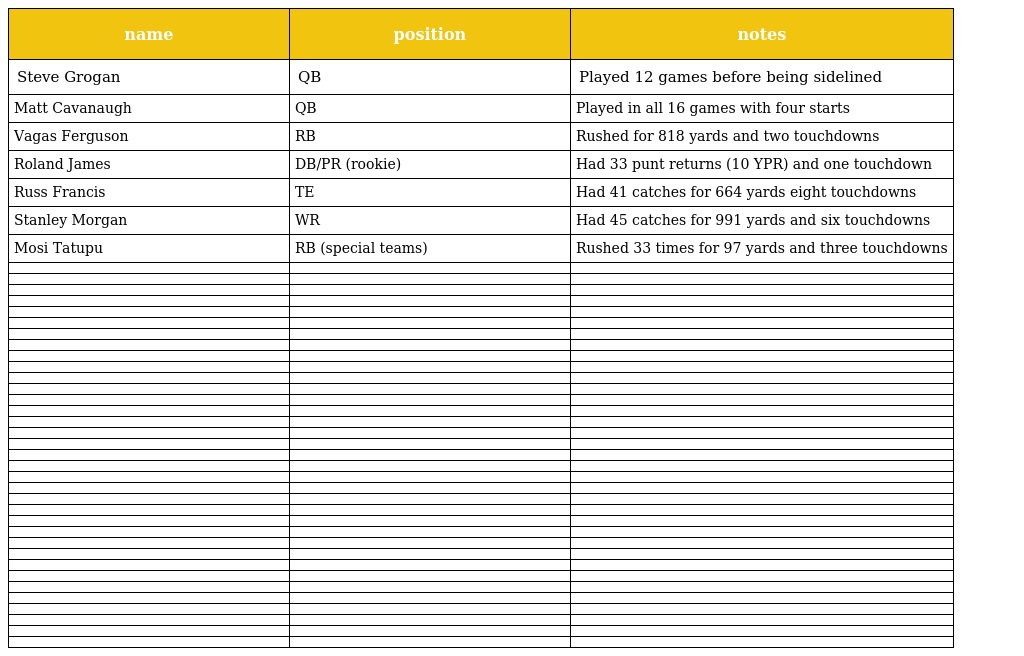
| name | position | notes |
 | --- | --- | --- |
 | Steve Grogan | QB | Played 12 games before being sidelined |
 | Matt Cavanaugh | QB | Played in all 16 games with four starts |
 | Vagas Ferguson | RB | Rushed for 818 yards and two touchdowns |
 | Roland James | DB/PR (rookie) | Had 33 punt returns (10 YPR) and one touchdown |
 | Russ Francis | TE | Had 41 catches for 664 yards eight touchdowns |
 | Stanley Morgan | WR | Had 45 catches for 991 yards and six touchdowns |
 | Mosi Tatupu | RB (special teams) | Rushed 33 times for 97 yards and three touchdowns |
 |  |  |  |
 |  |  |  |
 |  |  |  |
 |  |  |  |
 |  |  |  |
 |  |  |  |
 |  |  |  |
 |  |  |  |
 |  |  |  |
 |  |  |  |
 |  |  |  |
 |  |  |  |
 |  |  |  |
 |  |  |  |
 |  |  |  |
 |  |  |  |
 |  |  |  |
 |  |  |  |
 |  |  |  |
 |  |  |  |
 |  |  |  |
 |  |  |  |
 |  |  |  |
 |  |  |  |
 |  |  |  |
 |  |  |  |
 |  |  |  |
 |  |  |  |
 |  |  |  |
 |  |  |  |
 |  |  |  |
 |  |  |  |
 |  |  |  |
 |  |  |  |
 |  |  |  |